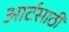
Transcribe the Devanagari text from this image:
आर्टसाठी